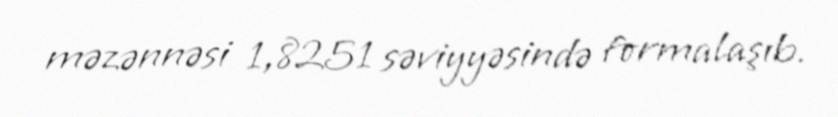
məzənnəsi 1,8251 səviyyəsində formalaşıb.